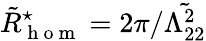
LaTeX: \tilde{R}_{\mathrm{~h~o~m~}}^{\star}=2\pi/\tilde{\Lambda_{22}^{2}}